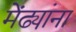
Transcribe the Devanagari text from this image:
मेंढ्यांना